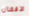
الافعال